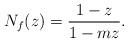
LaTeX: \begin{align*} N_f(z)&= \dfrac{1-z}{1-mz}. \end{align*}